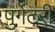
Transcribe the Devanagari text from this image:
पुर्गेटरी